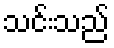
သင်းသည်